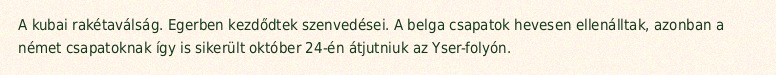
A kubai rakétaválság. Egerben kezdődtek szenvedései. A belga csapatok hevesen ellenálltak, azonban a német csapatoknak így is sikerült október 24-én átjutniuk az Yser-folyón.